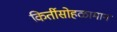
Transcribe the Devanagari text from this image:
किर्तीसोहळामान